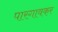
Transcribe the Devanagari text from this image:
पारगावकर